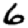
Digit: 6